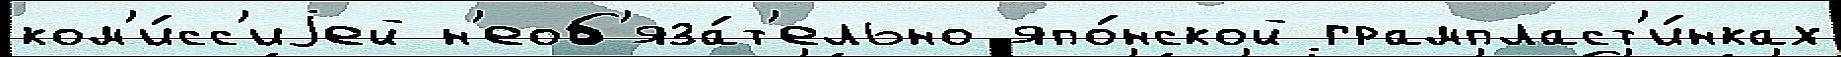
ком'и́сс'иjей н'еоб'яза́т'ельно япо́нской грампласт'и́нках